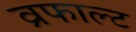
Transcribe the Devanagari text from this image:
व्रफाल्ट